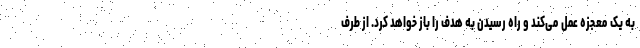
به یک معجزه عمل می‌کند و راه رسیدن به هدف را باز خواهد کرد. از طرف